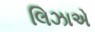
લિઝાએ